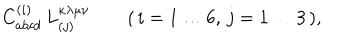
C _ { a b c d } ^ { ( i ) } \, L _ { ( j ) } ^ { \kappa \lambda \mu \nu } \qquad ( \, i = 1 \ldots 6 , \, j = 1 \ldots 3 \, ) ,